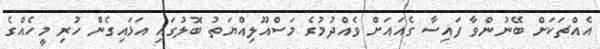
އެއްޗަކަށް ބޭނުންވާ ފައިސާ ގެއައަށް ވެއްދުމުގެ މަސްއޫލިއްޔަތު ބޮލުގައި އަޅައިގެން ހުރި މީހެއްގެ